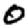
Digit: 0